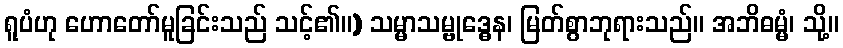
ရူပံဟု ဟောတော်မူခြင်းသည် သင့်၏။) သမ္မာသမ္ဗုဒ္ဓေန၊ မြတ်စွာဘုရားသည်။ အဘိဓမ္မံ၊ သို့။